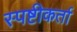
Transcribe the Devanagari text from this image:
स्पष्टीकर्ता